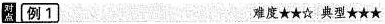
对点 例1 难度 ★★☆ 典型★★★